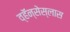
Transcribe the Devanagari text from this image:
व्हॅन्सेस्लास